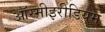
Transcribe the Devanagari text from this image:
ऑस्मीइरीडियम